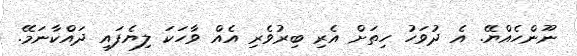
ނޫންހެއްޔޭ. އެ ދުވަހު ހިތަށް އެރި ބިރުވެރި އެއް ވާހަކަ ލިޔެފައި ދައްކާނަމޭ.